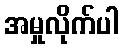
အမှုလိုက်ပါ